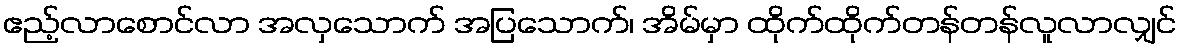
ဧည့်လာစောင်လာ အလှသောက် အပြသောက်၊ အိမ်မှာ ထိုက်ထိုက်တန်တန်လူလာလျှင်